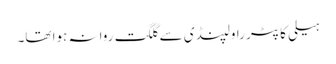
ہیلی کاپٹر راولپنڈی سے گلگت روانہ ہوا تھا۔